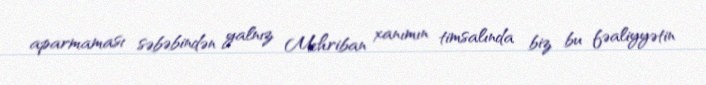
aparmaması səbəbindən yalnız Mehriban xanımın timsalında biz bu fəaliyyətin